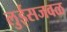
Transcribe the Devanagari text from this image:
लुईसजवळ